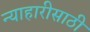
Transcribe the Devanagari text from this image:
न्याहारीसाठी